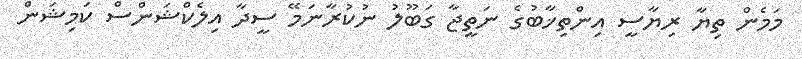
މަމެން ތިޔާ ރިޔާސީ އިންތިޚާބުގެ ނަތީޖާ ގަބޫލު ނުކުރާނަމޭ ސީދާ އިލެކްޝަންސް ކަމިޝަން